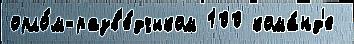
орло́м-разв'е́дчиком 100 кома́нд'е